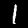
Digit: 1